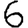
Digit: 6